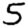
Digit: 5